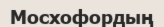
Мосхофордың